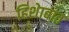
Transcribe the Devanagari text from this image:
हिशेाबात